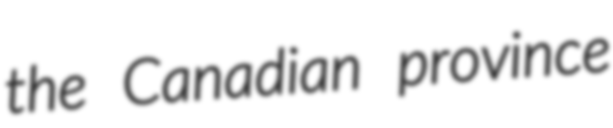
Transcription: the Canadian province